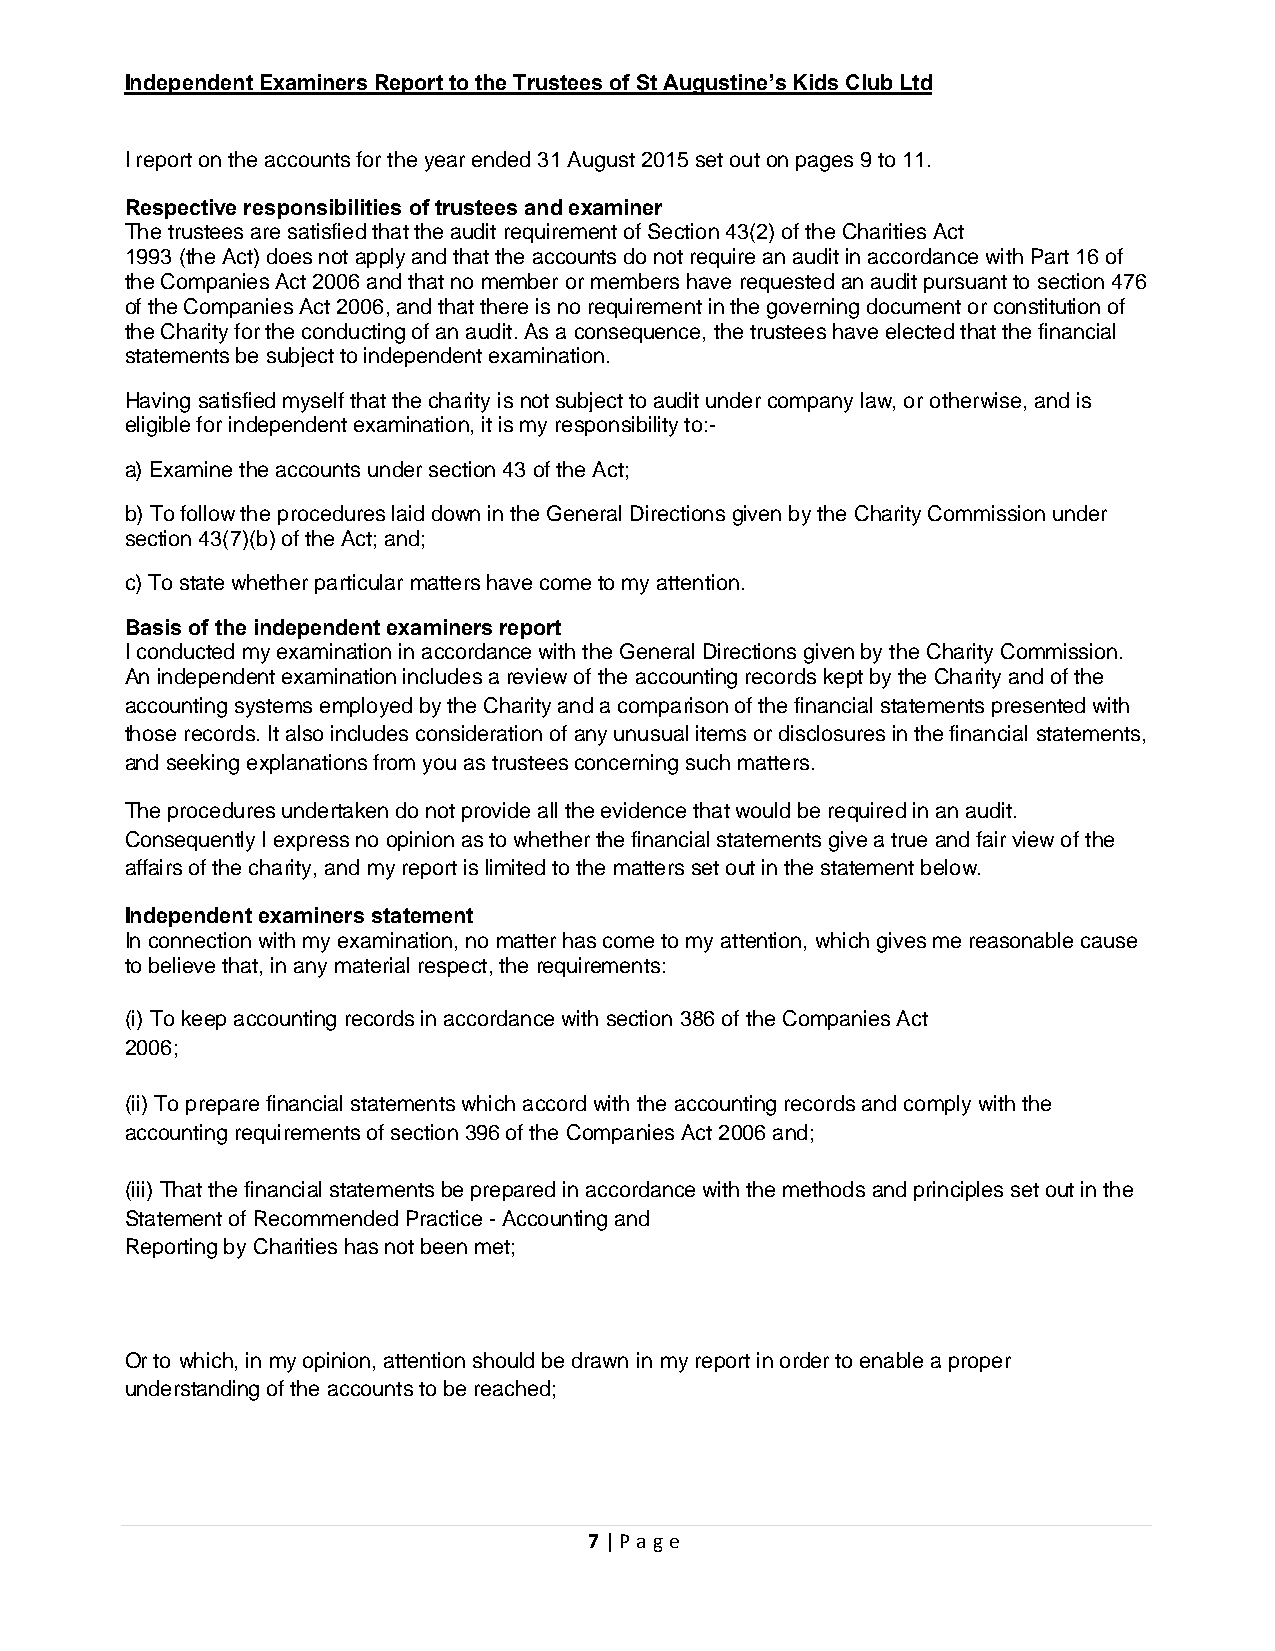
Independent Examiners Report to the Trustees of St Augustine’s Kids Club Ltd
 I report on the accounts for the year ended 31 August 2015 set out on pages 9 to 11.
 Respective responsibilities of trustees and examiner
 The trustees are satisfied that the audit requirement of Section 43(2) of the Charities Act
 1993 (the Act) does not apply and that the accounts do not require an audit in accordance with Part 16 of
 the Companies Act 2006 and that no member or members have requested an audit pursuant to section 476
 of the Companies Act 2006, and that there is no requirement in the governing document or constitution of
 the Charity for the conducting of an audit. As a consequence, the trustees have elected that the financial
 statements be subject to independent examination.
 Having satisfied myself that the charity is not subject to audit under company law, or otherwise, and is
 eligible for independent examination, it is my responsibility to:-
 a) Examine the accounts under section 43 of the Act;
 b) To follow the procedures laid down in the General Directions given by the Charity Commission under
 section 43(7)(b) of the Act; and;
 c) To state whether particular matters have come to my attention.
 Basis of the independent examiners report
 I conducted my examination in accordance with the General Directions given by the Charity Commission.
 An independent examination includes a review of the accounting records kept by the Charity and of the
 accounting systems employed by the Charity and a comparison of the financial statements presented with
 those records. It also includes consideration of any unusual items or disclosures in the financial statements,
 and seeking explanations from you as trustees concerning such matters.
 The procedures undertaken do not provide all the evidence that would be required in an audit.
 Consequently I express no opinion as to whether the financial statements give a true and fair view of the
 affairs of the charity, and my report is limited to the matters set out in the statement below.
 Independent examiners statement
 In connection with my examination, no matter has come to my attention, which gives me reasonable cause
 to believe that, in any material respect, the requirements:
 (i) To keep accounting records in accordance with section 386 of the Companies Act
 2006;
 (ii) To prepare financial statements which accord with the accounting records and comply with the
 accounting requirements of section 396 of the Companies Act 2006 and;
 (iii) That the financial statements be prepared in accordance with the methods and principles set out in the
 Statement of Recommended Practice - Accounting and
 Reporting by Charities has not been met;
 Or to which, in my opinion, attention should be drawn in my report in order to enable a proper
 understanding of the accounts to be reached;
 7 | Page